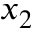
x _ { 2 }